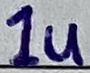
Text: 1u